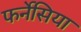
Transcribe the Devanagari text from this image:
फर्नेसिया